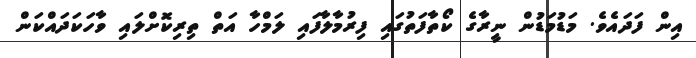
އިން ފަދައެވެ. މަޑުމަޑުން ނީރާގެ ކޯތާފަތުގައި ފިރުމާލާފައި ލަމްހާ އަތް ތިރިކޮށްލައި ވާހަކަދައްކަން